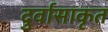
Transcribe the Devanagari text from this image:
दुर्वासाकृत